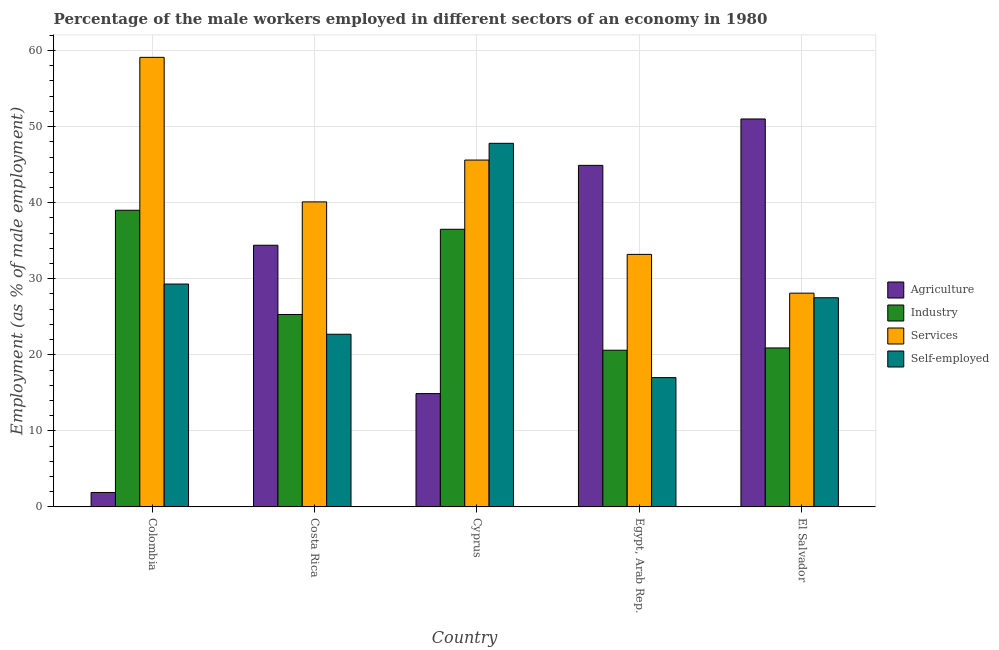
| Country | Agriculture | Industry | Services | Self-employed |
 | --- | --- | --- | --- | --- |
 | Colombia | 1.9 | 39 | 59.1 | 29.3 |
 | Costa Rica | 34.4 | 25.3 | 40.1 | 22.7 |
 | Cyprus | 14.9 | 36.5 | 45.6 | 47.8 |
 | Egypt, Arab Rep. | 44.9 | 20.6 | 33.2 | 17 |
 | El Salvador | 51 | 20.9 | 28.1 | 27.5 |